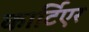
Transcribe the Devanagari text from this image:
कार्टिएर